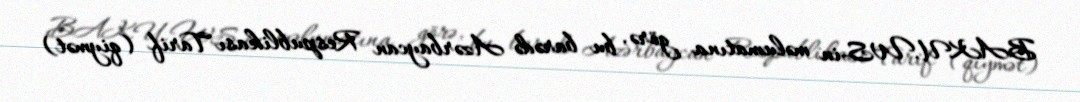
BAKU.WS-in məlumatına görə, bu barədə Azərbaycan Respublikası Tarif (qiymət)